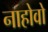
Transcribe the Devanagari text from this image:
नाहोवो